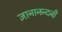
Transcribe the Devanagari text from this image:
ज्ञानानन्दजी